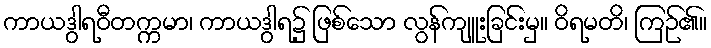
ကာယဒွါရဝီတက္ကမာ၊ ကာယဒွါရ၌ ဖြစ်သော လွန်ကျူးခြင်းမှ။ ဝိရမတိ၊ ကြဉ်၏။